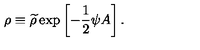
\rho \equiv { \widetilde \rho } \exp \left[ - { \frac { 1 } { 2 } } \psi A \right] .